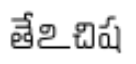
తేఽచిష